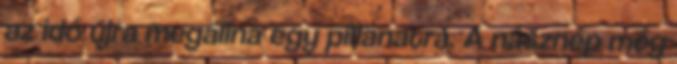
az idő újra megállna egy pillanatra. A násznép még